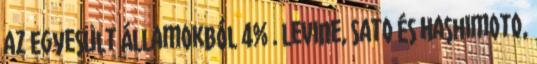
az Egyesült Államokból 4% . Levine, Sato és Hashimoto,